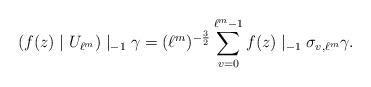
LaTeX: \begin{align*}(f(z)\mid U_{\ell^m})\mid_{-1}\gamma=(\ell^m)^{-\frac{3}{2}}\sum_{v=0}^{\ell^m-1}f(z)\mid_{-1}\sigma_{v,\ell^m}\gamma.\end{align*}